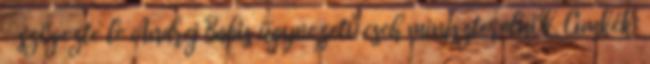
– szögezte le Andrej Babis ügyvezető cseh miniszterelnök. Címkék: